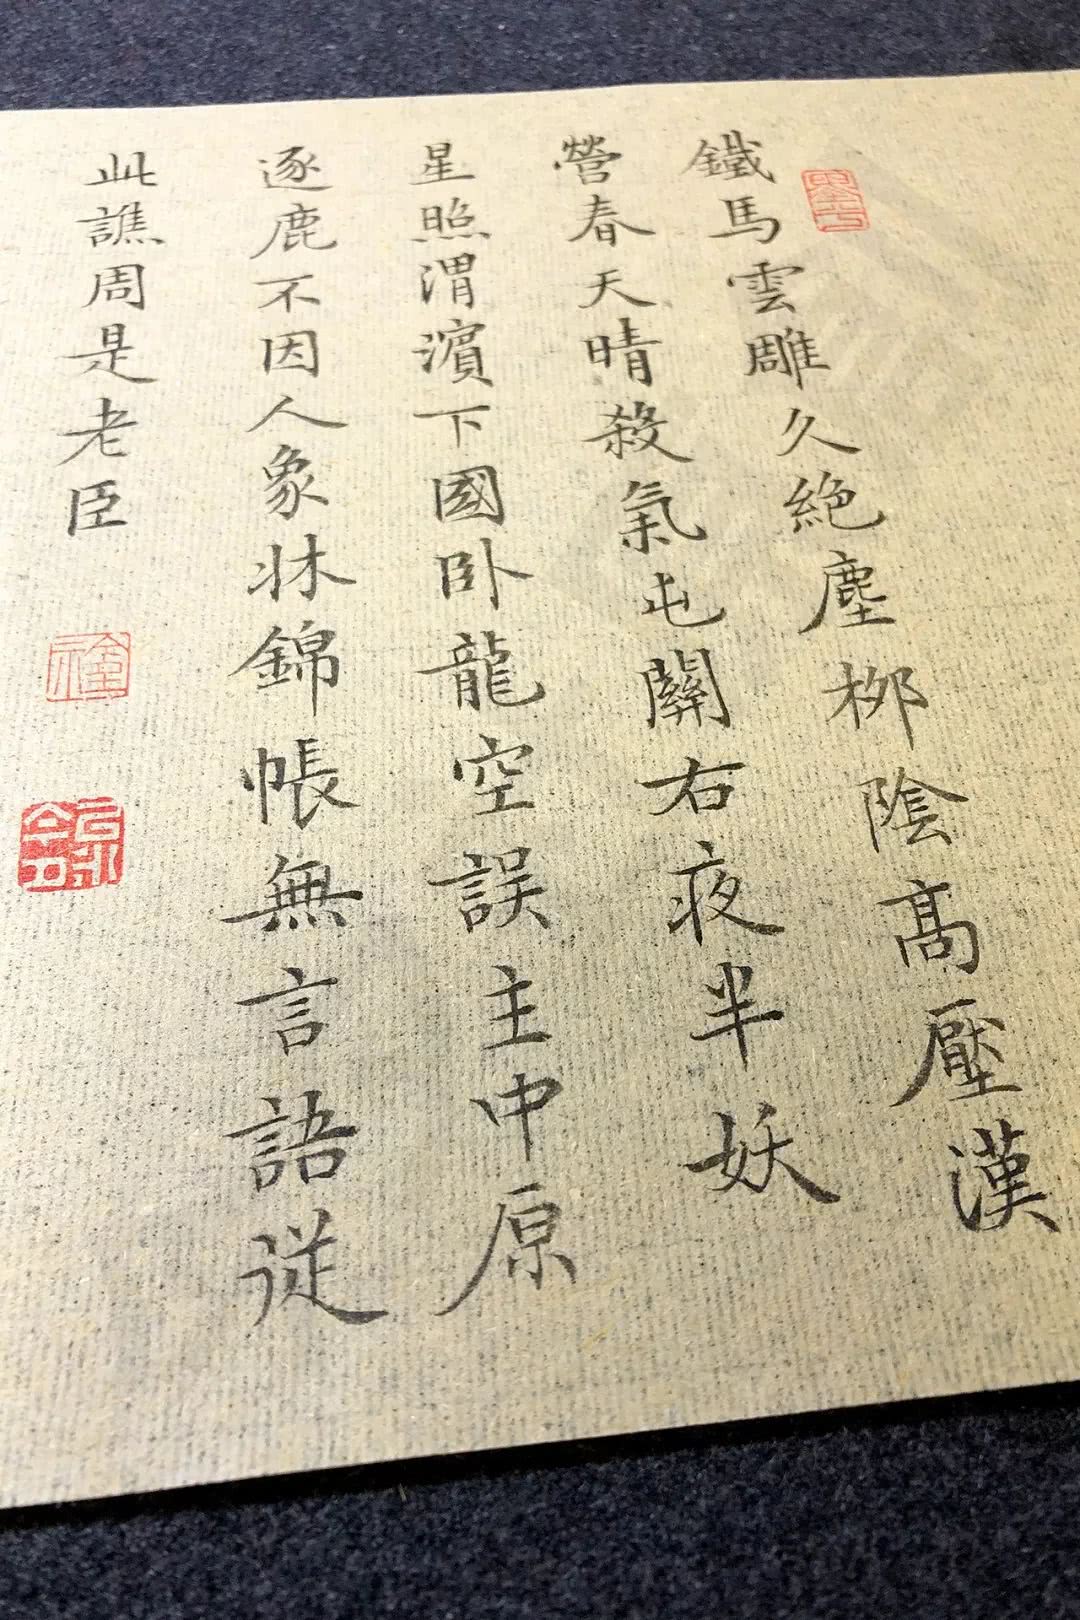
铁马云雕久绝尘，柳营高压汉营春。